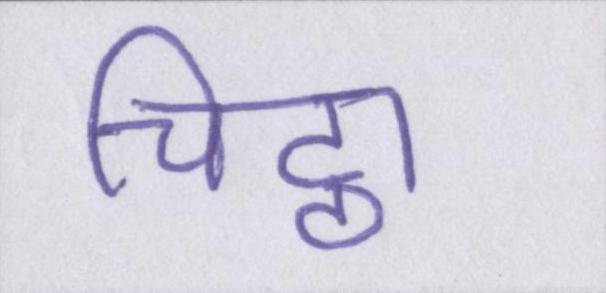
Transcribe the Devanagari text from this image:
चिट्ठा